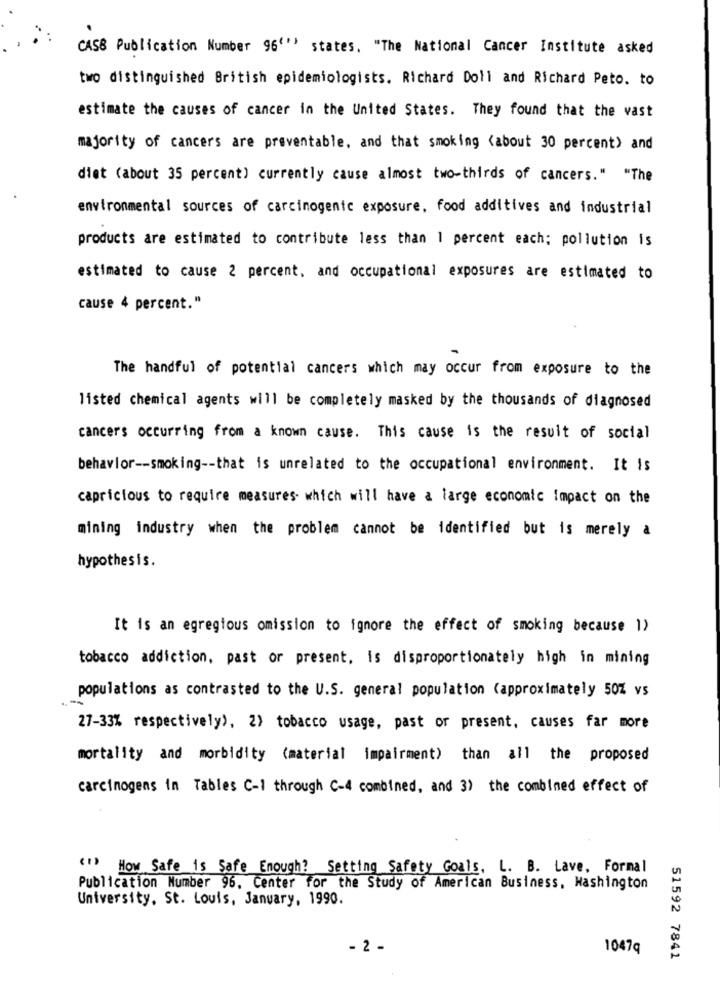
CASS Publication Number 96''' states. "The National Cancer Institute asked
two distinguished British epidemiologists. Richard Doll and Richard Peto. to
estimate the causes of cancer in the United States. They found that the vast
majority of cancers are preventable, and that smoking (about 30 percent) and
diet (about 35 percent) currently cause almost two-thirds of cancers." "The
environmental sources of carcinogenic exposure, food additives and industrial
products are estimated to contribute less than 1 percent each; pollution is
estimated to cause 2 percent, and occupational exposures are estimated to
cause 4 percent."
The handful of potential cancers which may occur from exposure to the
listed chemical agents will be completely masked by the thousands of diagnosed
cancers occurring from a known cause. This cause is the result of social
behavior -- smoking -- that is unrelated to the occupational environment. It is
capricious to require measures which will have a large economic Impact on the
mining industry when the problem cannot be identified but is merely a
hypothesis.
It is an egregious omission to ignore the effect of smoking because 1)
tobacco addiction, past or present, is disproportionately high in mining
populations as contrasted to the U.S. general population (approximately 50% vs
27-33% respectively), 2) tobacco usage, past or present, causes far more
mortality and morbidity (material impairment) than all the proposed
carcinogens in Tables C-1 through C-4 combined, and 3) the combined effect of
(1) How Safe is Safe Enough? Setting Safety Goals, L. B. Lave, Formal
Publication Number 96. Center for the Study of American Business, Washington
University, St. Louis, January, 1990.
- 2 -
1047q
51592 7841